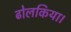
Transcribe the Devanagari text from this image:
ढोलकिया।